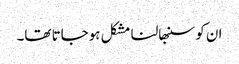
ان کو سنبھالنا مشکل ہوجاتا تھا۔